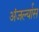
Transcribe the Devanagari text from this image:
अंजर्ल्यास